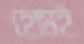
হোমই